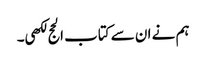
ہم نے ان سے کتاب الحج لکھی۔